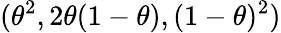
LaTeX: (\theta^{2},2\theta(1-\theta),(1-\theta)^{2})